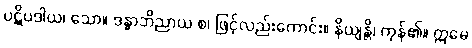
ပဋိပဒါယ၊ သော။ ဒန္ဓာဘိညာယ စ၊ ဖြင့်လည်းကောင်း။ နိယျန္တိ၊ ကုန်၏။ ဣမေ